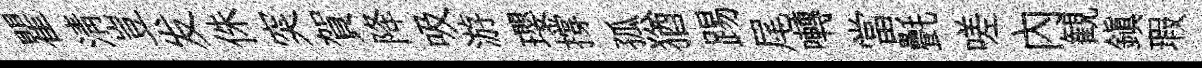
瞿清豈发侏突賀降吸游瓔撐孤猶踢尾囀當㲲嗟內観鎭瑕